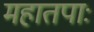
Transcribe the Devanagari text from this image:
महातपाः